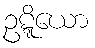
ဥဋ္ဋိယော